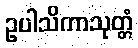
ဥပါသိကာသုတ္တံ